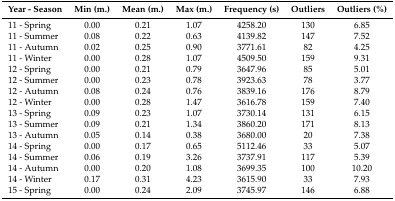
<table><thead><tr><td><b>Year - Season</b></td><td><b>Min (m.)</b></td><td><b>Mean (m.)</b></td><td><b>Max (m.)</b></td><td><b>Frequency (s)</b></td><td><b>Outliers</b></td><td><b>Outliers (%)</b></td></tr></thead><tbody><tr><td>11 - Spring</td><td>0.00</td><td>0.21</td><td>1.07</td><td>4258.20</td><td>130</td><td>6.85</td></tr><tr><td>11 - Summer</td><td>0.08</td><td>0.22</td><td>0.63</td><td>4139.82</td><td>147</td><td>7.52</td></tr><tr><td>11 - Autumn</td><td>0.02</td><td>0.25</td><td>0.90</td><td>3771.61</td><td>82</td><td>4.25</td></tr><tr><td>11 - Winter</td><td>0.00</td><td>0.28</td><td>1.07</td><td>4509.50</td><td>159</td><td>9.31</td></tr><tr><td>12 - Spring</td><td>0.00</td><td>0.21</td><td>0.79</td><td>3647.96</td><td>85</td><td>5.01</td></tr><tr><td>12 - Summer</td><td>0.00</td><td>0.23</td><td>0.78</td><td>3923.63</td><td>78</td><td>3.77</td></tr><tr><td>12 - Autumn</td><td>0.08</td><td>0.24</td><td>0.76</td><td>3839.16</td><td>176</td><td>8.79</td></tr><tr><td>12 - Winter</td><td>0.00</td><td>0.28</td><td>1.47</td><td>3616.78</td><td>159</td><td>7.40</td></tr><tr><td>13 - Spring</td><td>0.09</td><td>0.23</td><td>1.07</td><td>3730.14</td><td>131</td><td>6.15</td></tr><tr><td>13 - Summer</td><td>0.09</td><td>0.21</td><td>1.34</td><td>3860.20</td><td>171</td><td>8.13</td></tr><tr><td>13 - Autumn</td><td>0.05</td><td>0.14</td><td>0.38</td><td>3680.00</td><td>20</td><td>7.38</td></tr><tr><td>14 - Spring</td><td>0.00</td><td>0.17</td><td>0.65</td><td>5112.46</td><td>33</td><td>5.07</td></tr><tr><td>14 - Summer</td><td>0.06</td><td>0.19</td><td>3.26</td><td>3737.91</td><td>117</td><td>5.39</td></tr><tr><td>14 - Autumn</td><td>0.00</td><td>0.20</td><td>1.08</td><td>3699.35</td><td>100</td><td>10.20</td></tr><tr><td>14 - Winter</td><td>0.17</td><td>0.31</td><td>4.23</td><td>3615.90</td><td>33</td><td>7.93</td></tr><tr><td>15 - Spring</td><td>0.00</td><td>0.24</td><td>2.09</td><td>3745.97</td><td>146</td><td>6.88</td></tr></tbody></table>